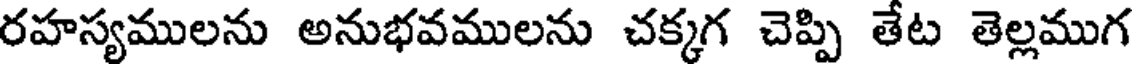
రహస్యములను అనుభవములను చక్కగ చెప్పి తేట తెల్లముగ